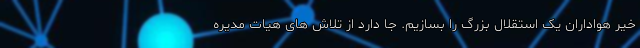
خیر هواداران یک استقلال بزرگ را بسازیم. جا دارد از تلاش های هیات مدیره